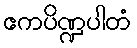
ဧကပိဏ္ဍပါတံ